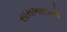
સારાભાઇનો